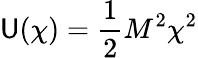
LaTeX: \mathsf{U}(\chi)={\frac{{1}}{{2}}}M^{2}\chi^{2}